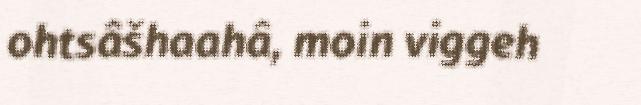
ohtsâšhaahâ, moin viggeh